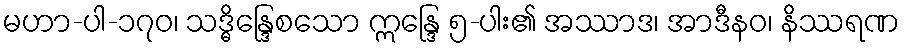
မဟာ-ပါ-၁၇၀၊ သဒ္ဓိန္ဒြေစသော ဣန္ဒြေ ၅-ပါး၏ အဿာဒ၊ အာဒီနဝ၊ နိဿရဏ